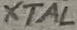
Text: XTAL